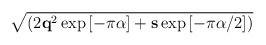
\begin{align*}\sqrt{({2 {\bf q}^2\exp{[ -\pi\alpha]} + {\bf s}\exp{[-\pi\alpha/2]}})}\end{align*}